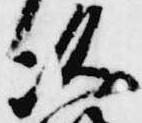
次